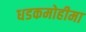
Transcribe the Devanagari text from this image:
धडकमोहीमा